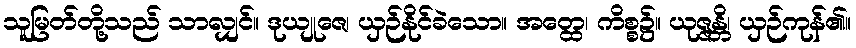
သူမြတ်တို့သည် သာလျှင်။ ဒုယျုဇေ၊ ယှဉ်နိုင်ခဲသော။ အတ္ထေ၊ ကိစ္စ၌။ ယုဇ္ဇန္တိ၊ ယှဉ်ကုန်၏။